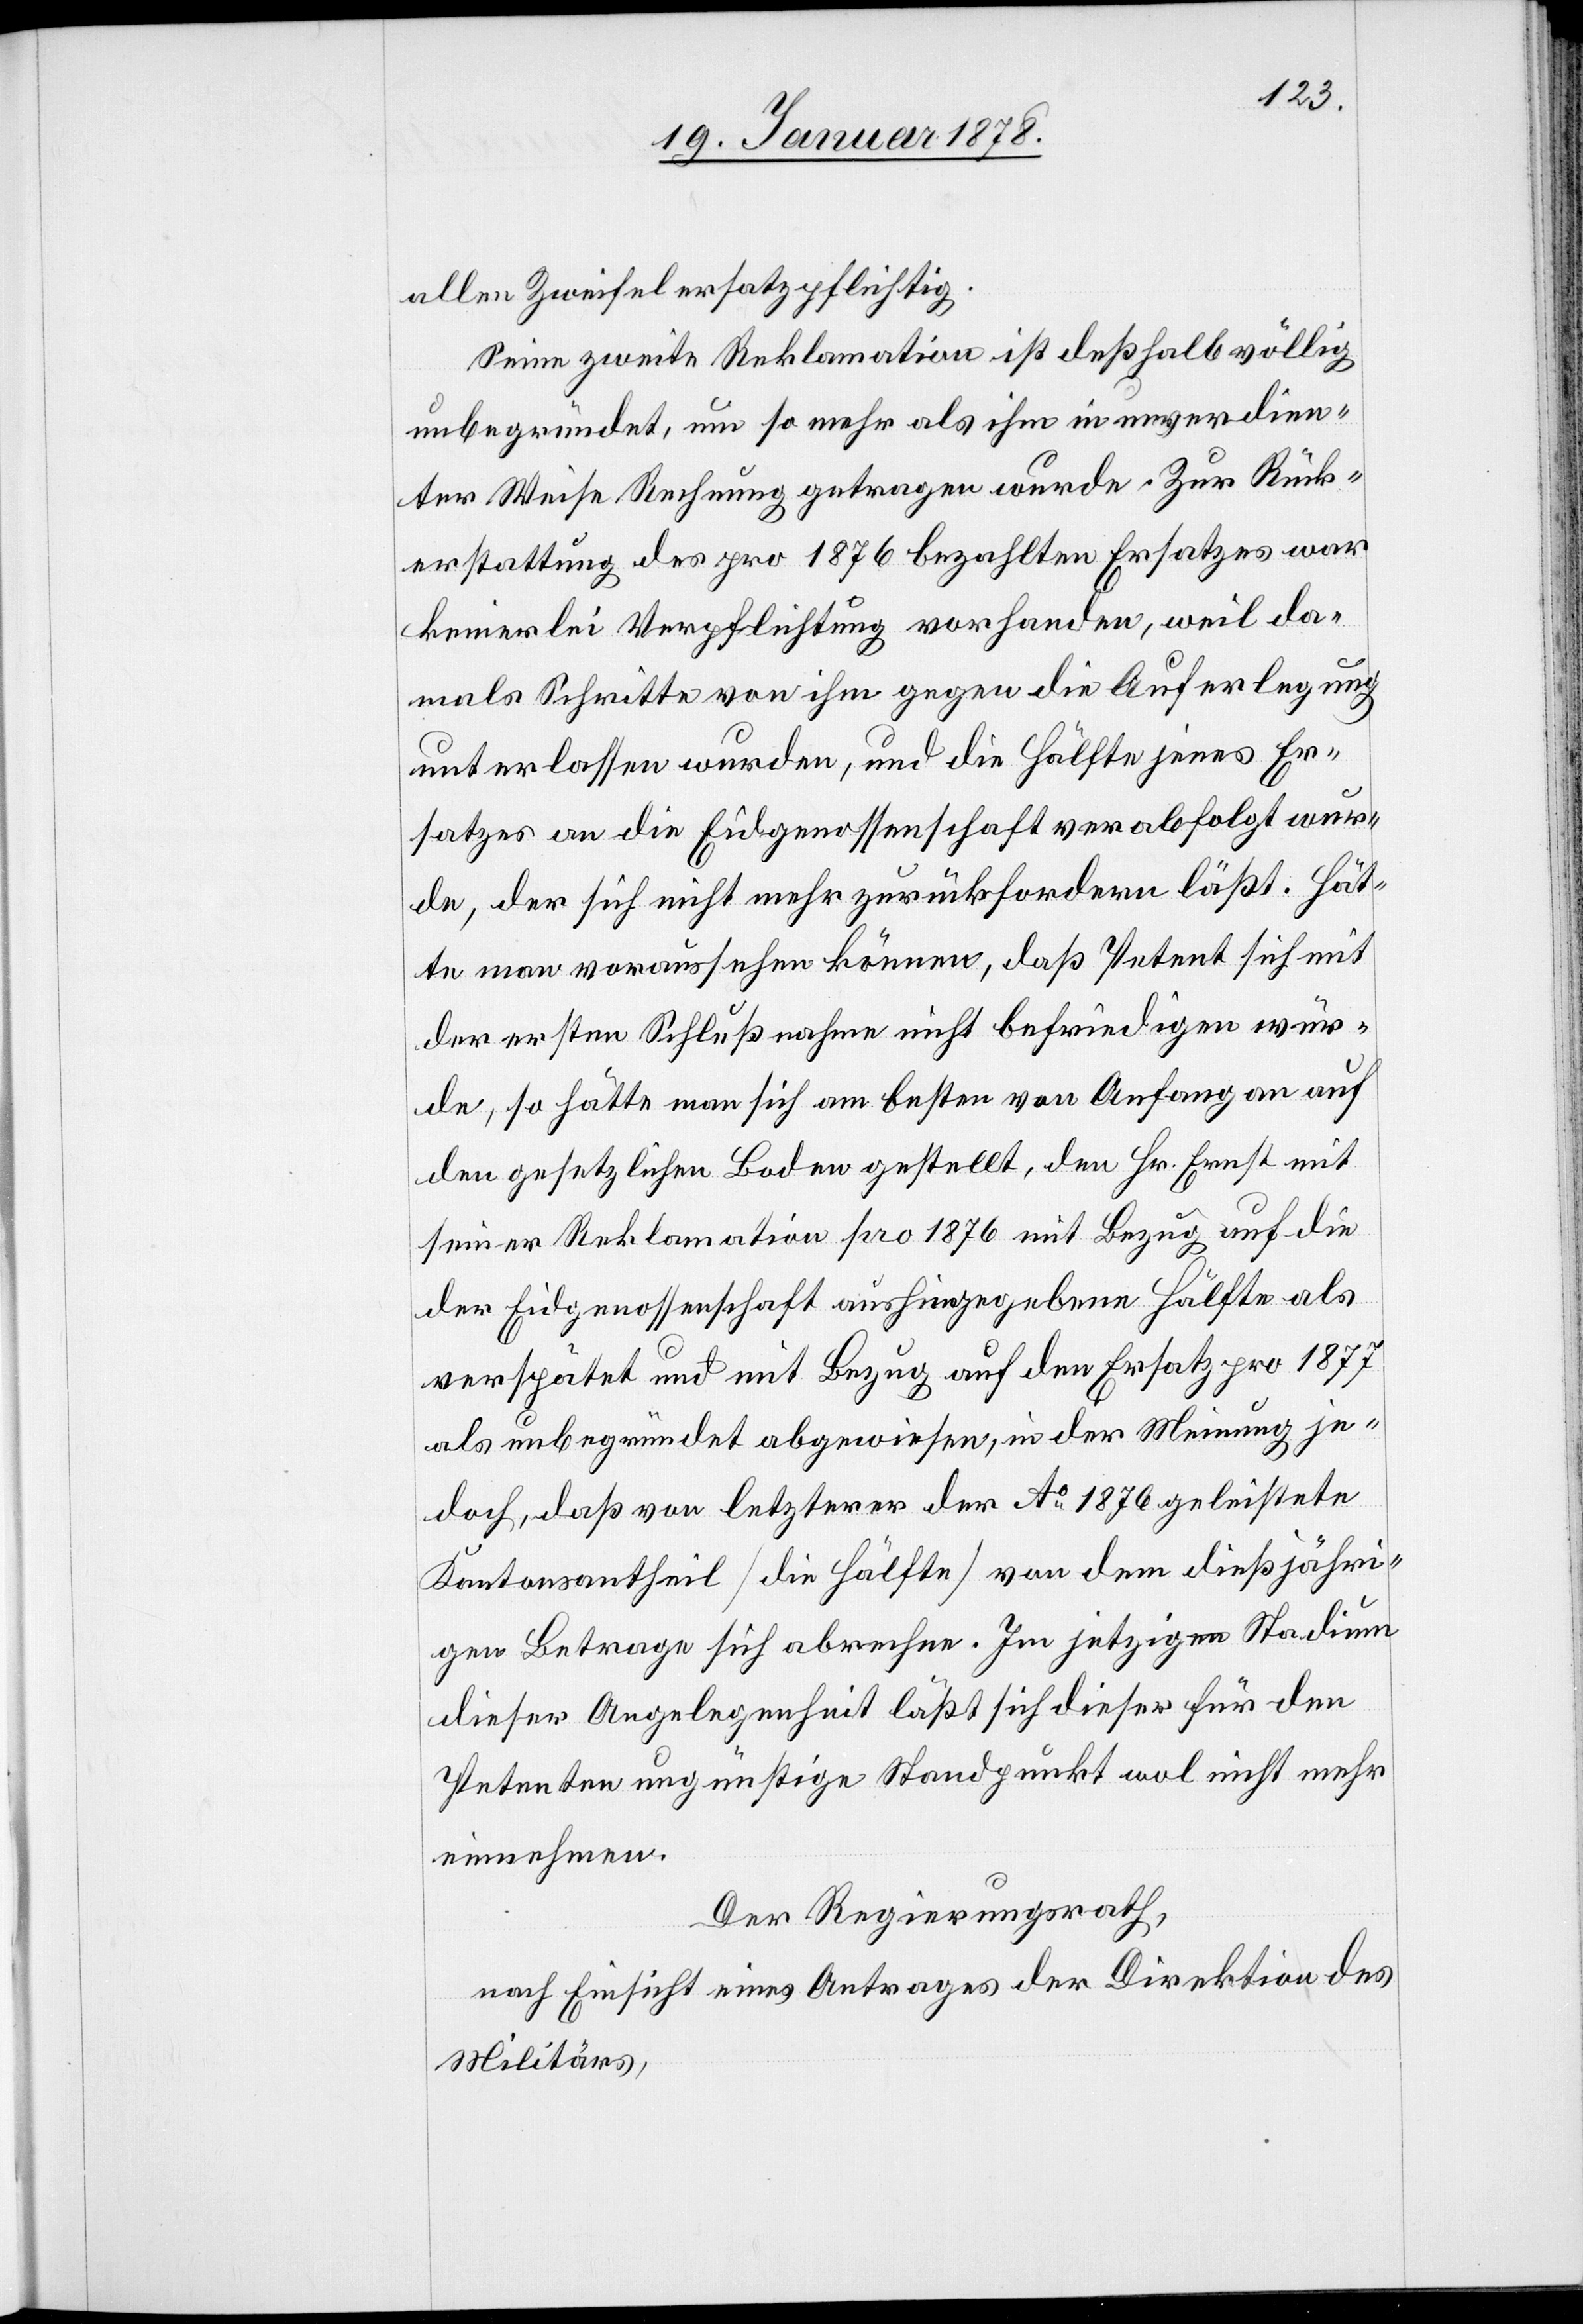
alle Zweifel ersatzpflichtig.
Seine zweite Reklamation ist deßhalb völlig
unbegründet, um so mehr als ihm in unverdien¬
ter Weise Rechnung getragen wurde. Zur Rück¬
erstattung des pro 1876 bezahlten Ersatzes war
keinerlei Verpflichtung vorhanden, weil da¬
mals Schritte von ihm gegen die Auferlegung
unterlassen wurden, und die Hälfte jenes Er¬
satzes an die Eidgenossenschaft verabfolgt wur¬
de, der sich nicht mehr zurückfordern läßt. Hät¬
te man voraussehen können, daß Petent sich mit
der ersten Schlußnahme nicht befriedigen wür¬
de, so hätte man sich am besten von Anfang an auf
den gesetzlichen Boden gestellt, den Hr. Ernst mit
seiner Reklamation pro 1876 mit Bezug auf die
der Eidgenossenschaft aushingegebene Hälfte als
verspätet und mit Bezug auf den Ersatz pro 1877
als unbegründet abgewiesen, in der Meinung je¬
doch, daß von letzterer der Ao 1876 geleistete
Kantonsantheil (die Hälfe) von dem dießjähri¬
gen Betrage sich abrechne. Im jetzigen Stadium
dieser Angelegenheit läßt sich dieser für den
Petenten ungünstige Standpunkt wol nicht mehr
einnehmen.
Der Regierungsrath,
nach Einsicht eines Antrages der Direktion des
Militärs,